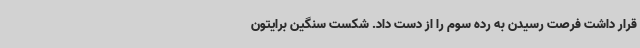
قرار داشت فرصت رسیدن به رده سوم را از دست داد. شکست سنگین برایتون